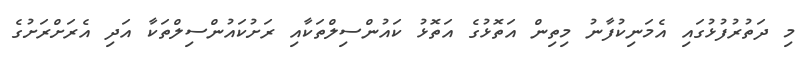
މި ދަތުރުފުޅުގައި އެމަނިކުފާނު މިތިން އަތޮޅުގެ އަތޮޅު ކައުންސިލްތަކާއި ރަށުކައުންސިލްތަކާ އަދި އެރަށްރަށުގެ